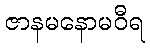
ဇာနမနောမဝီရ